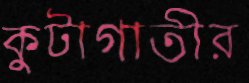
কুটাগাতীর